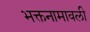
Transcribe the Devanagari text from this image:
भक्तनामावली